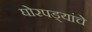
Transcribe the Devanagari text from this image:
घोरपड्यांचे